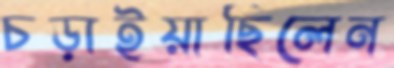
চড়াইয়াছিলেন